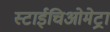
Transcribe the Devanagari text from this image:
स्टाईचिओमेट्रा